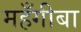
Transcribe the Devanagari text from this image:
महँगीबा